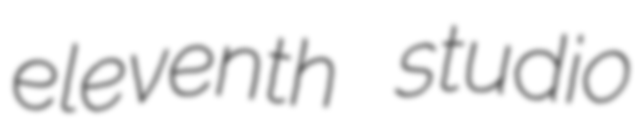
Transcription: eleventh studio